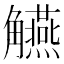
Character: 觾